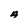
Character: A